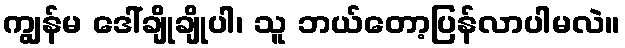
ကျွန်မ ဒေါ်ချိုချိုပါ၊ သူ ဘယ်တော့ပြန်လာပါမလဲ။